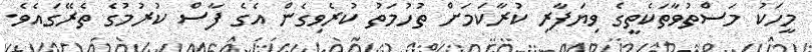
މީހަކު މަސްތުވާތަކެތީގެ ވިޔަފާރި ކުރާކަމަށް ތުހުމަތު ކުރެވިގެން އެގެ ފާސް ކުރުމުގެ ތެރޭގައެވެ.